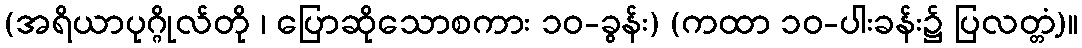
(အရိယာပုဂ္ဂိုလ်တို ၊ ပြောဆိုသောစကား ၁၀-ခွန်း) (ကထာ ၁၀-ပါးခန်း၌ ပြလတ္တံ့)။